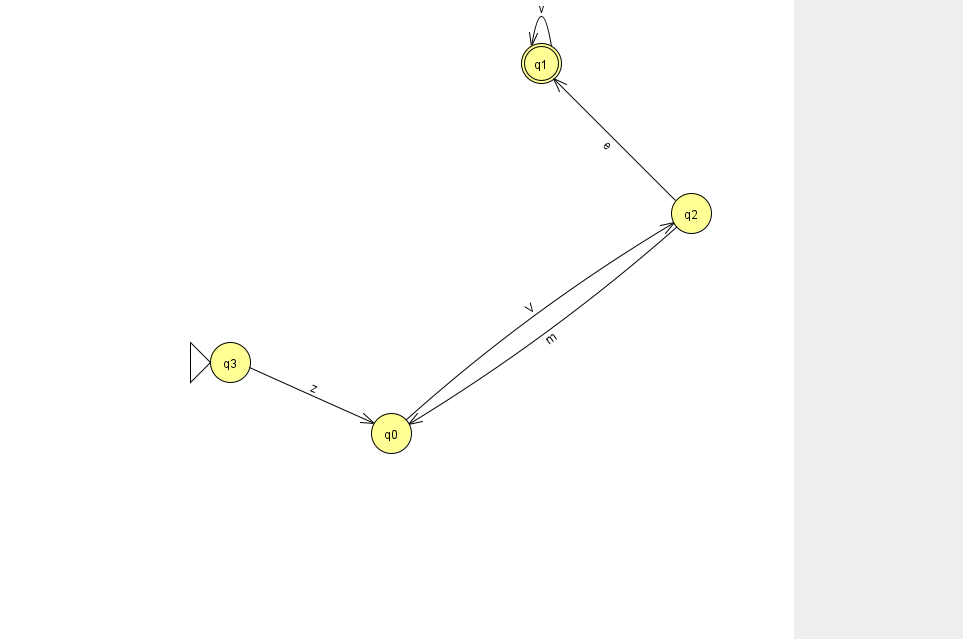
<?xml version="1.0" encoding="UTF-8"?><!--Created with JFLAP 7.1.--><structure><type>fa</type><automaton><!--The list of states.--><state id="0" name="q0"><x>391.0</x><y>420.0</y></state><state id="1" name="q1"><x>541.0</x><y>50.0</y><final/></state><state id="2" name="q2"><x>691.0</x><y>200.0</y></state><state id="3" name="q3"><x>230.0</x><y>349.0</y><initial/></state><!--The list of transitions.--><transition><from>2</from><to>1</to><read>e</read></transition><transition><from>2</from><to>0</to><read>m</read></transition><transition><from>3</from><to>0</to><read>z</read></transition><transition><from>1</from><to>1</to><read>v</read></transition><transition><from>0</from><to>2</to><read>V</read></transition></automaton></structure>